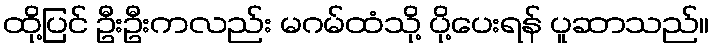
ထို့ပြင် ဦးဦးကလည်း မဂမ်ထံသို့ ပို့ပေးရန် ပူဆာသည်။